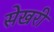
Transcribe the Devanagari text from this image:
सेखरी